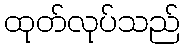
ထုတ်လုပ်သည်